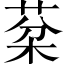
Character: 棻